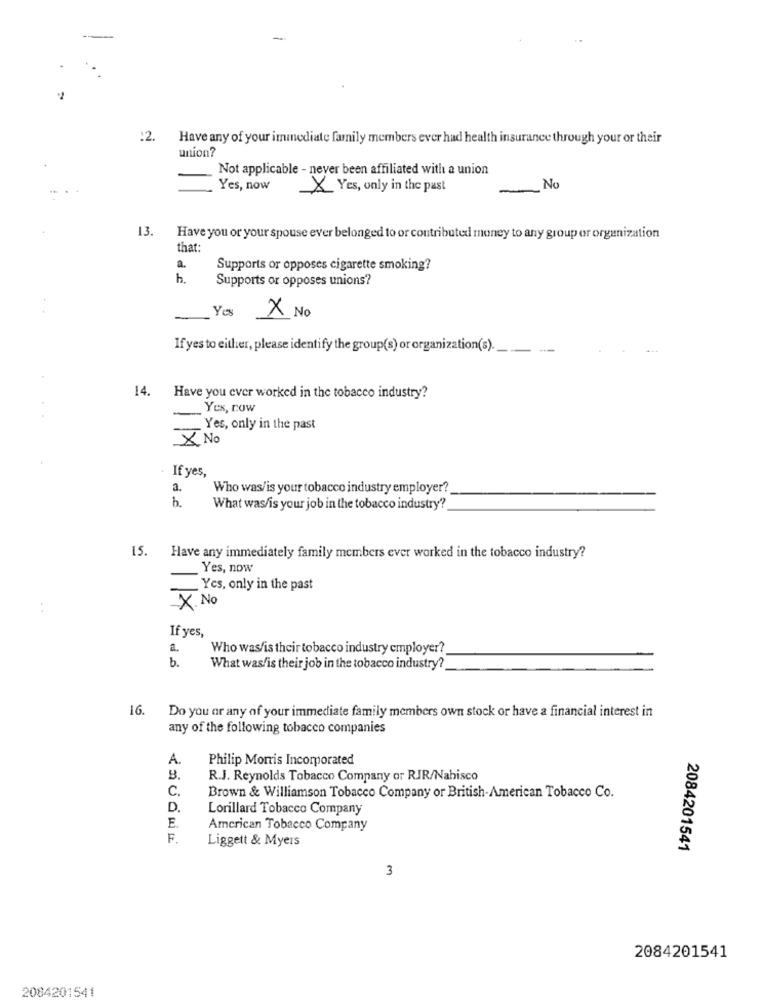
:2.
Have any of your immediate family members ever had health insurance through your or their
union?
Not applicable - never been affiliated with a union
Yes, now
X Yes, only in the past
-
No
13. Have you or your spouse ever belonged to or contributed money to any group or organization
that:
a
Supports or opposes cigarette smoking?
h.
Supports or opposes unions?
X No
Yes
If yes to either, please identify the group(s) or organization(s).
14. Have you ever worked in the tobacco industry?
Yes, row
Yes, only in the past
× No
If yes,
a.
Who was/is your tobacco industry employer?
h.
What was/is your job in the tobacco industry?
15.
Have any immediately family members ever worked in the tobacco industry?
Yes, now
Yes, only in the past
X. No
. .
If yes,
a.
Who was/is their tobacco industry employer?
b.
What was/is their job in the tobacco industry?
16.
Do you or any of your immediate family members own stock or have a financial interest in
any of the following tobacco companies
A
Philip Morris Incorporated
R.J. Reynolds Tobacco Company or RIR/Nabisco
Brown & Williamson Tobacco Company or British-American Tobacco Co.
D.
Lorillard Tobacco Company
E.
American Tobacco Company
F.
Liggett & Myers
2084201541
3
2084201541
2004201541